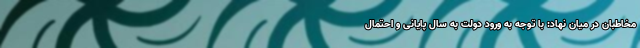
مخاطبان در میان نهاد: با توجه به ورود دولت به سال پایانی و احتمال